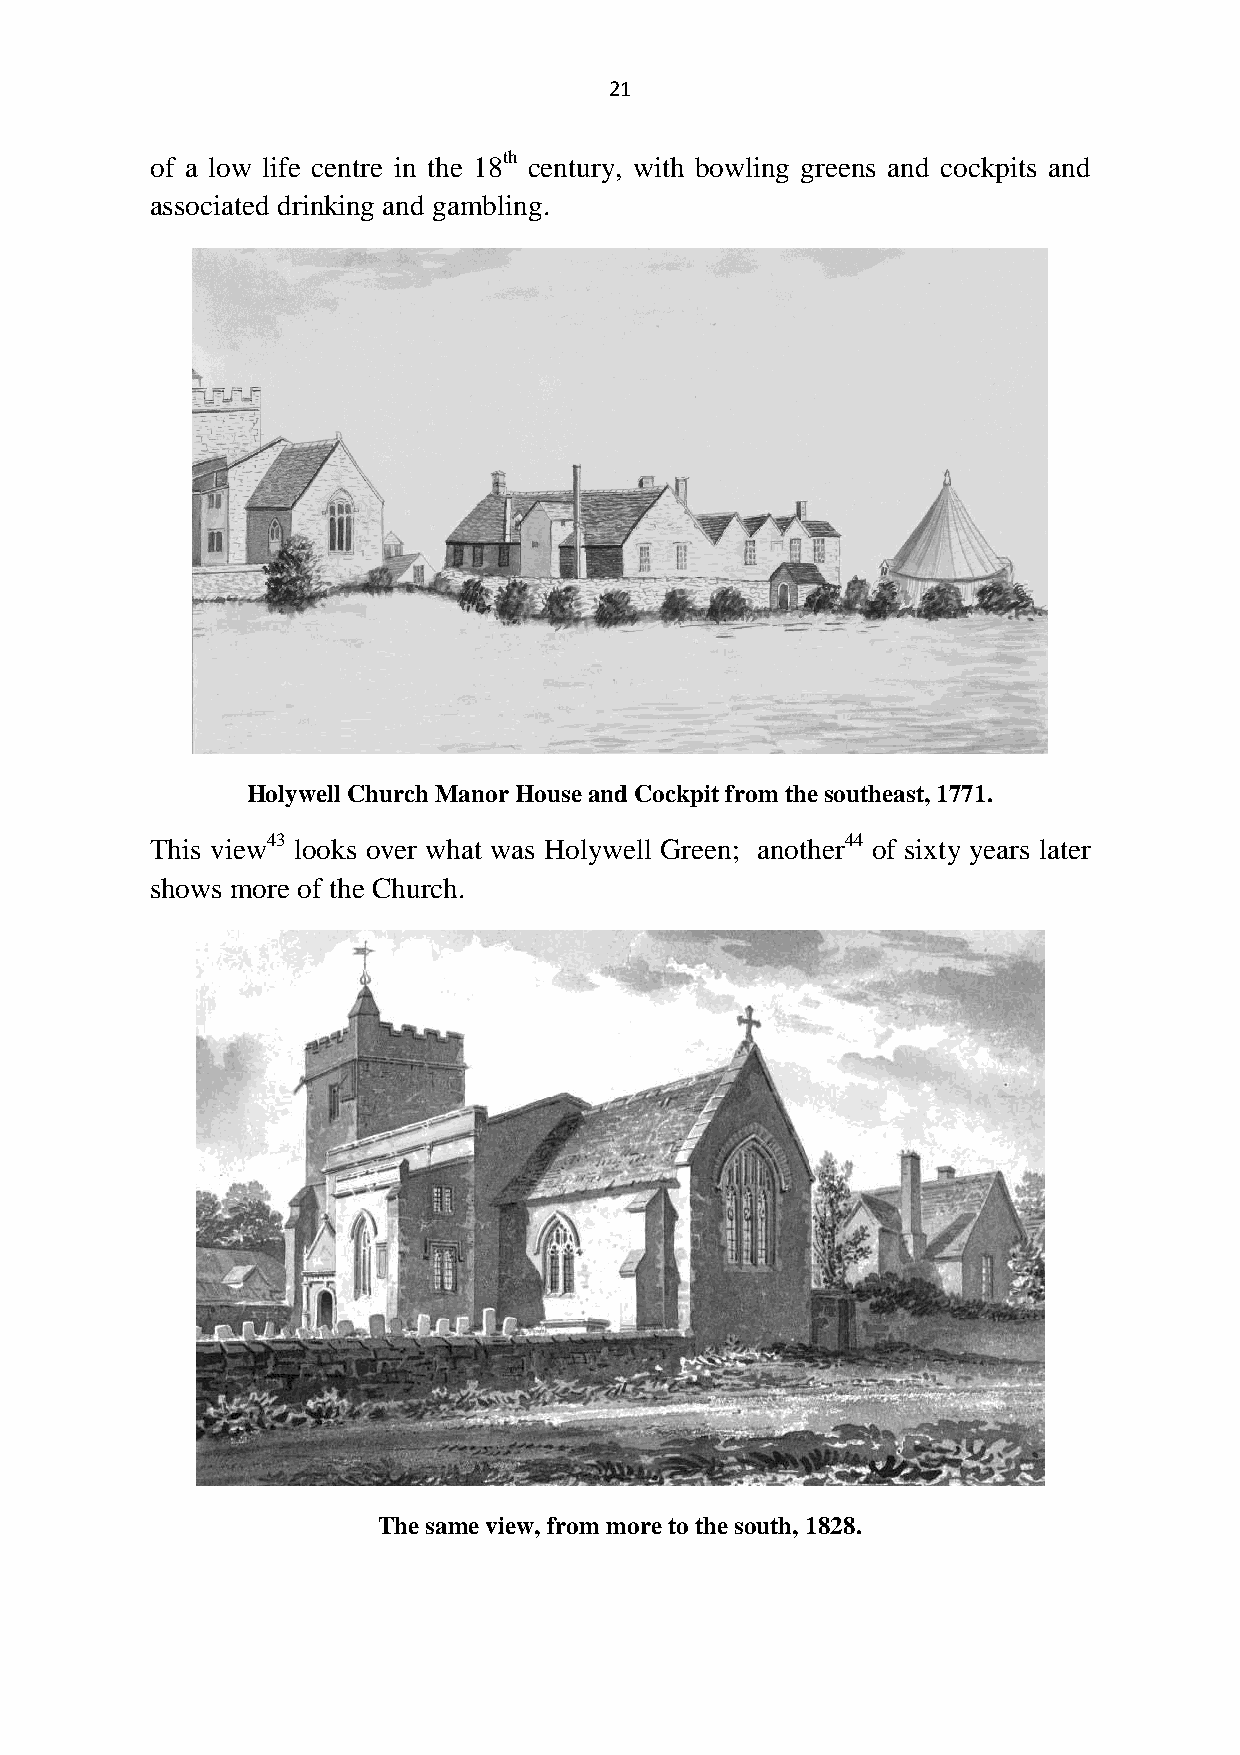
21
 of a low life centre in the 18th century, with bowling greens and cockpits and
 associated drinking and gambling.
 Holywell Church ManorHouseand Cockpitfromthesoutheast,1771.
 This view43 looks over what was Holywell Green; another44 of sixty years later
 shows more of the Church.
 Thesameview,frommoretothesouth,1828.